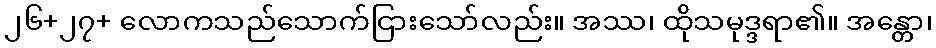
၂၆+၂၇+ လောကသည်သောက်ငြားသော်လည်း။ အဿ၊ ထိုသမုဒ္ဒရာ၏။ အန္တော၊